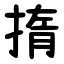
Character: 㨊